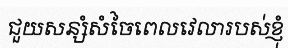
ជួយសន្សំសំចៃពេលវេលារបស់ខ្ញុំ